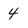
Character: 4